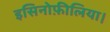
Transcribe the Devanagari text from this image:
इसिनोफ़ीलिया।